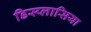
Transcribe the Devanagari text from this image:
डिस्प्लासिया